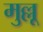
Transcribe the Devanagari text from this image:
मुल्लू